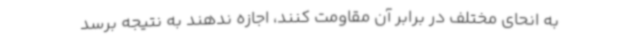
به انحای مختلف در برابر آن مقاومت کنند، اجازه ندهند به نتیجه برسد